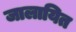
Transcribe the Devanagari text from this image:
जालायित